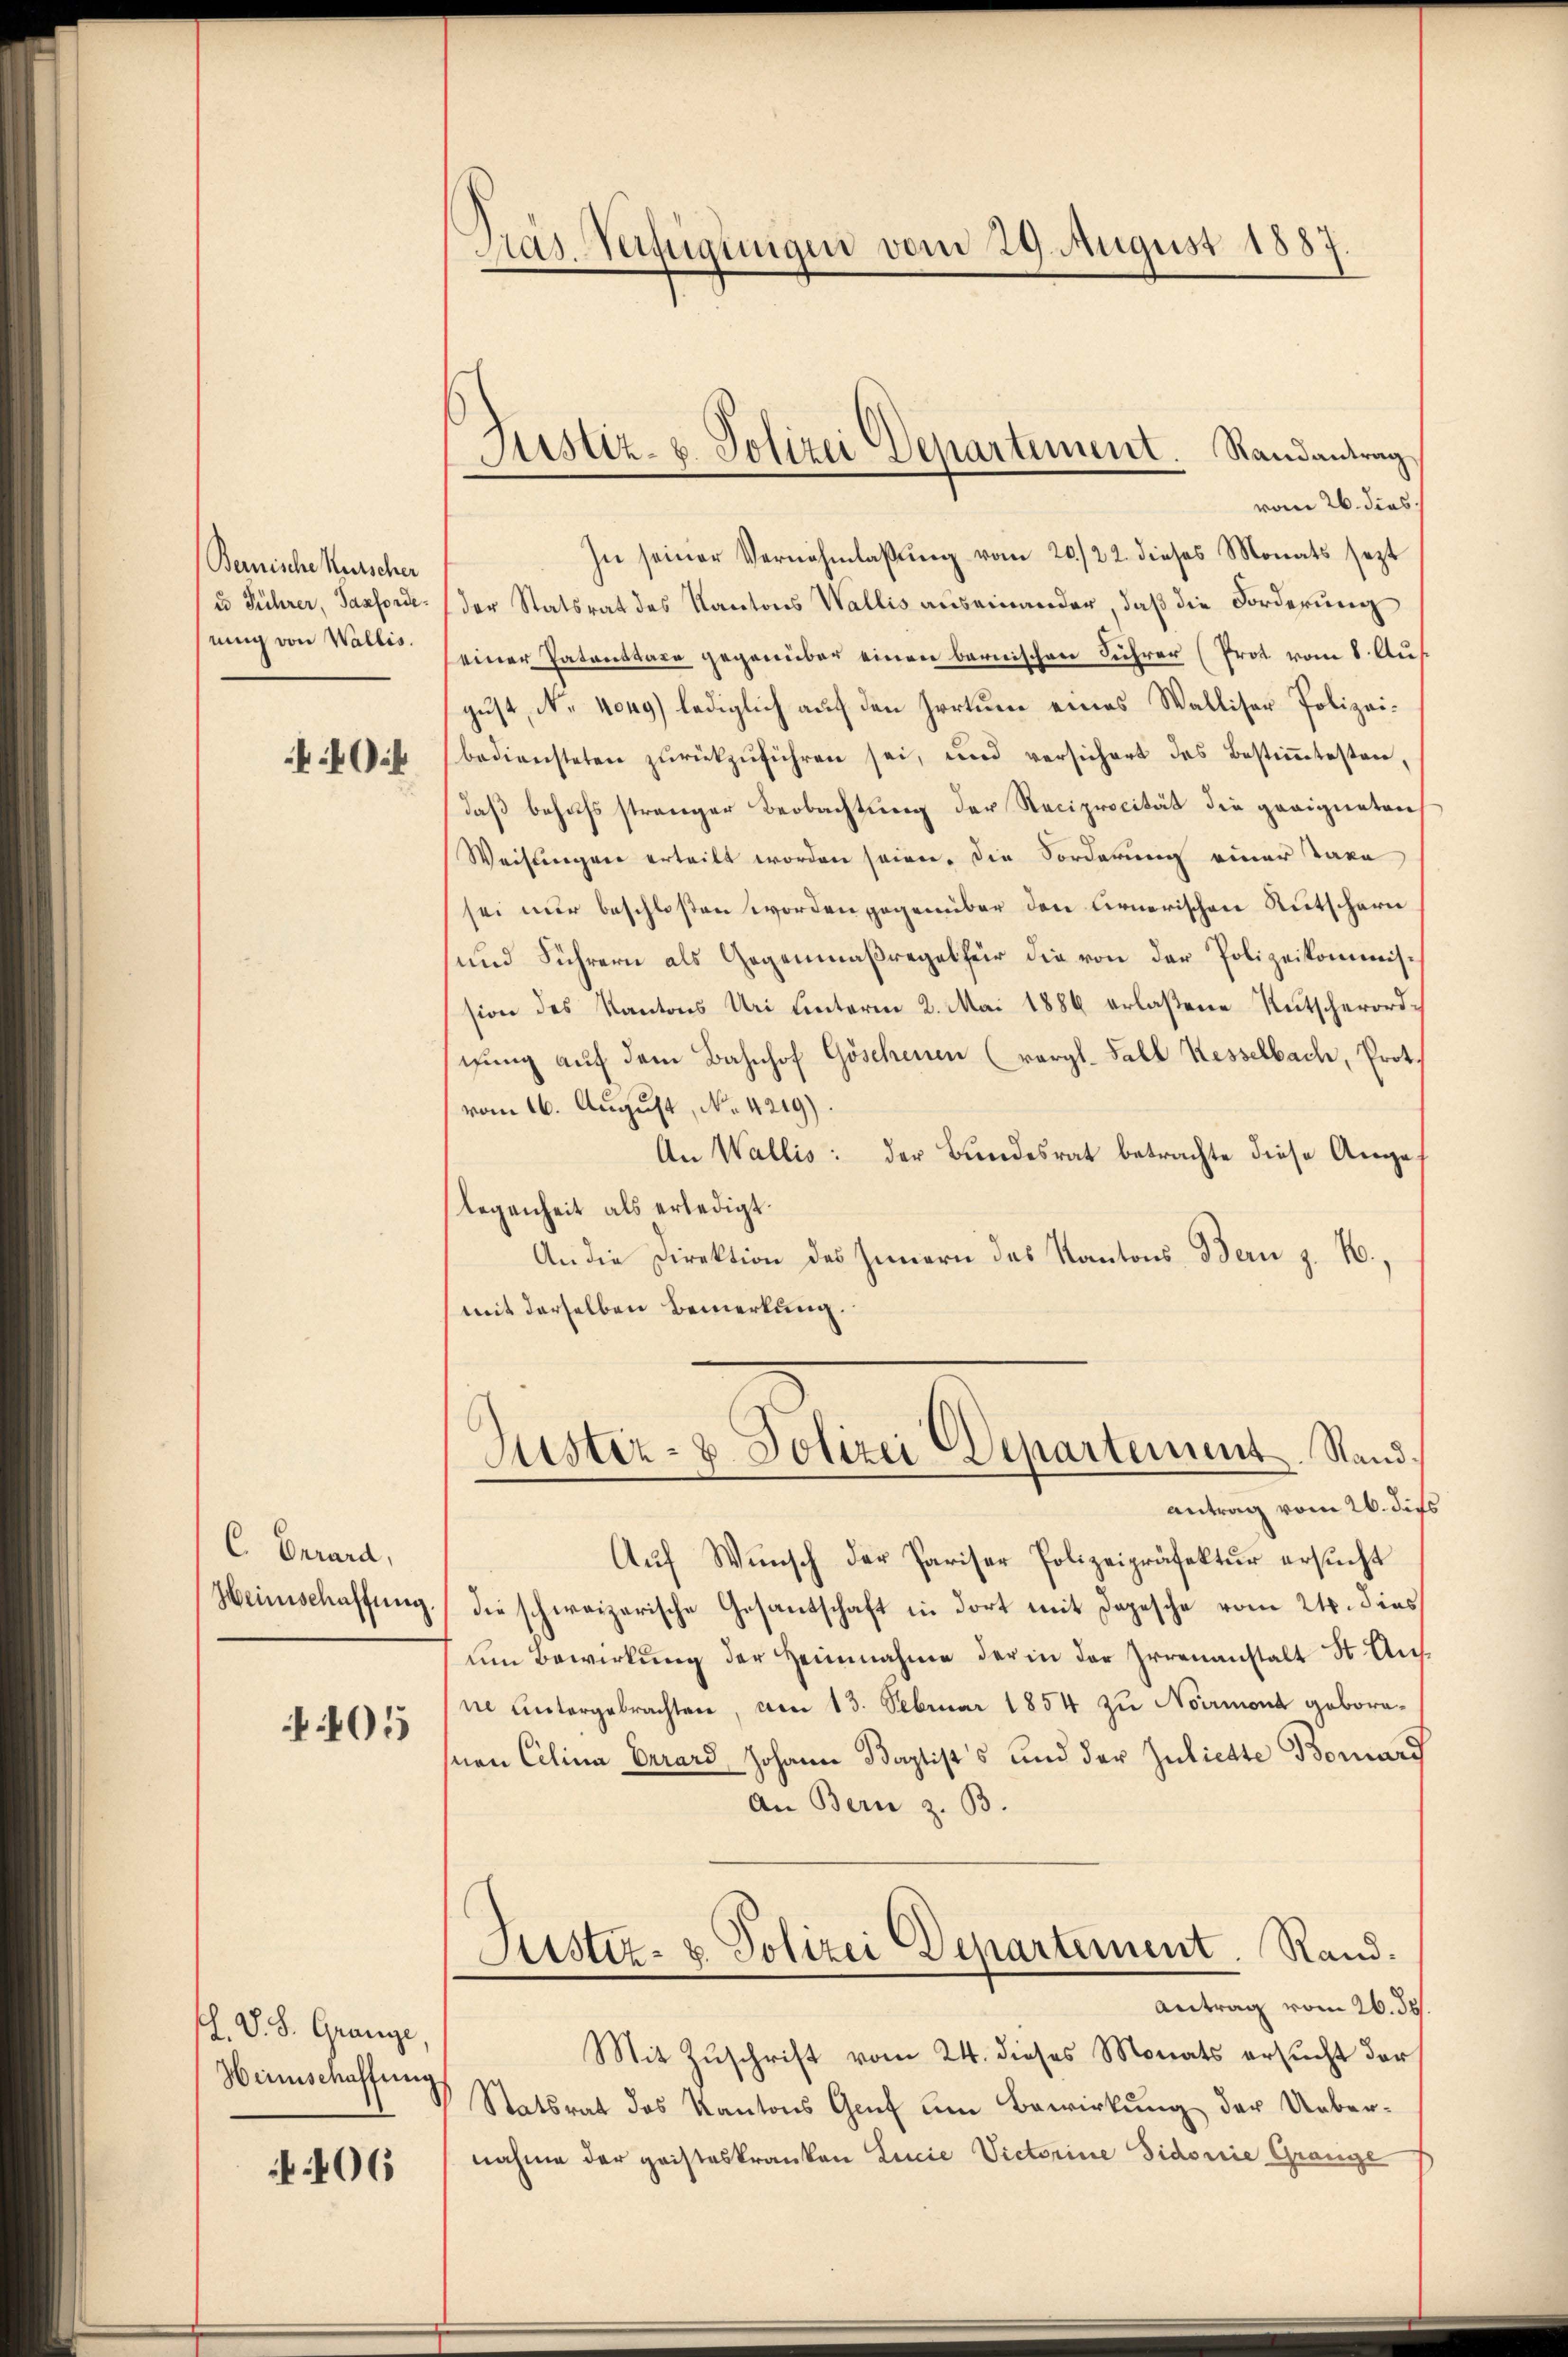
Bernische Kutscher
u Führer, Jasfordenung von Wallis.
0

C. Gerard,
Heinschaffung.
05

. V. S. Grange,
Heimschaffung

N 106

Dasafigungen vom 29. August 1887

Justiz- u. Polizei Departement. Randantrag

vom 26. dies
In seiner Vernehmlassŭng vom 20./22. dieses Monats sezt
der Statsrat des Kantons Wallis auseinander, daß die Forderung
einer Patenttaxe gegenüber einen bernischen Führer (Prot vom 8. Aus
gust, No 1049) lediglich auf den Irrtum eines Walliser Polizeibediensteten zŭrückzŭführen sei, und versichert das Bestiṁtesten,
daß behufs strenger Beobachtung der Reciprocität die geeigneten
Weisungen erteilt worden seien. Die Forderung einer Taxa
sei nur beschloßen worden gegenüber den Firnerischen Rutscharn
und Führern als Gegenmaßregel für die von der Polizeikommission des Kantons Uri unterm 2. Mai 1886 erlaßene Rutscherordnung auf dem Bahnhof Göschenen (vergl. Fall Kesselbach, Prot.
vom 16. August, No. 4219).
An Wallis: der Bundesrat betrachte diese Angef
legenheit als erledigt.
An die Direktion des Innern das Kantons Bern z. B.,
mit derselben Bemerkung.
Justiz- & Polizei Departement. Stand.
antrag vom 26. dies
Aŭf Wŭnsch der Pariser Polizeipräfektŭr ersŭcht
die schweizerische Gesantschaft in dort mit Depesche vom 24. dies
um Bewirkung der Heimnahme der in der Irrenanstalt St. Ausne untergebrachten, am 13. Februar 1854 zu Normond geboranen Celina Carard, Johann Baptist's und der Juliette Bornard
An Bern z. B.
.
Sistiz- u. Polizei Departement. Rand.
Antrag vom 26. ds.
Mit Zuschrift vom 24. dieses Monats ersucht der
Statsrat des Kantons Genf um Bewirkung der Ueber-
nahme der geisteskranken Lucie Victorine Sidonie Gränze